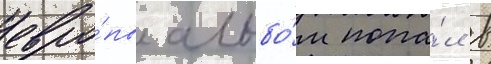
евро́пы альбо́м попа́л в